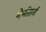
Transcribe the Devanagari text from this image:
मेमॉसर्य